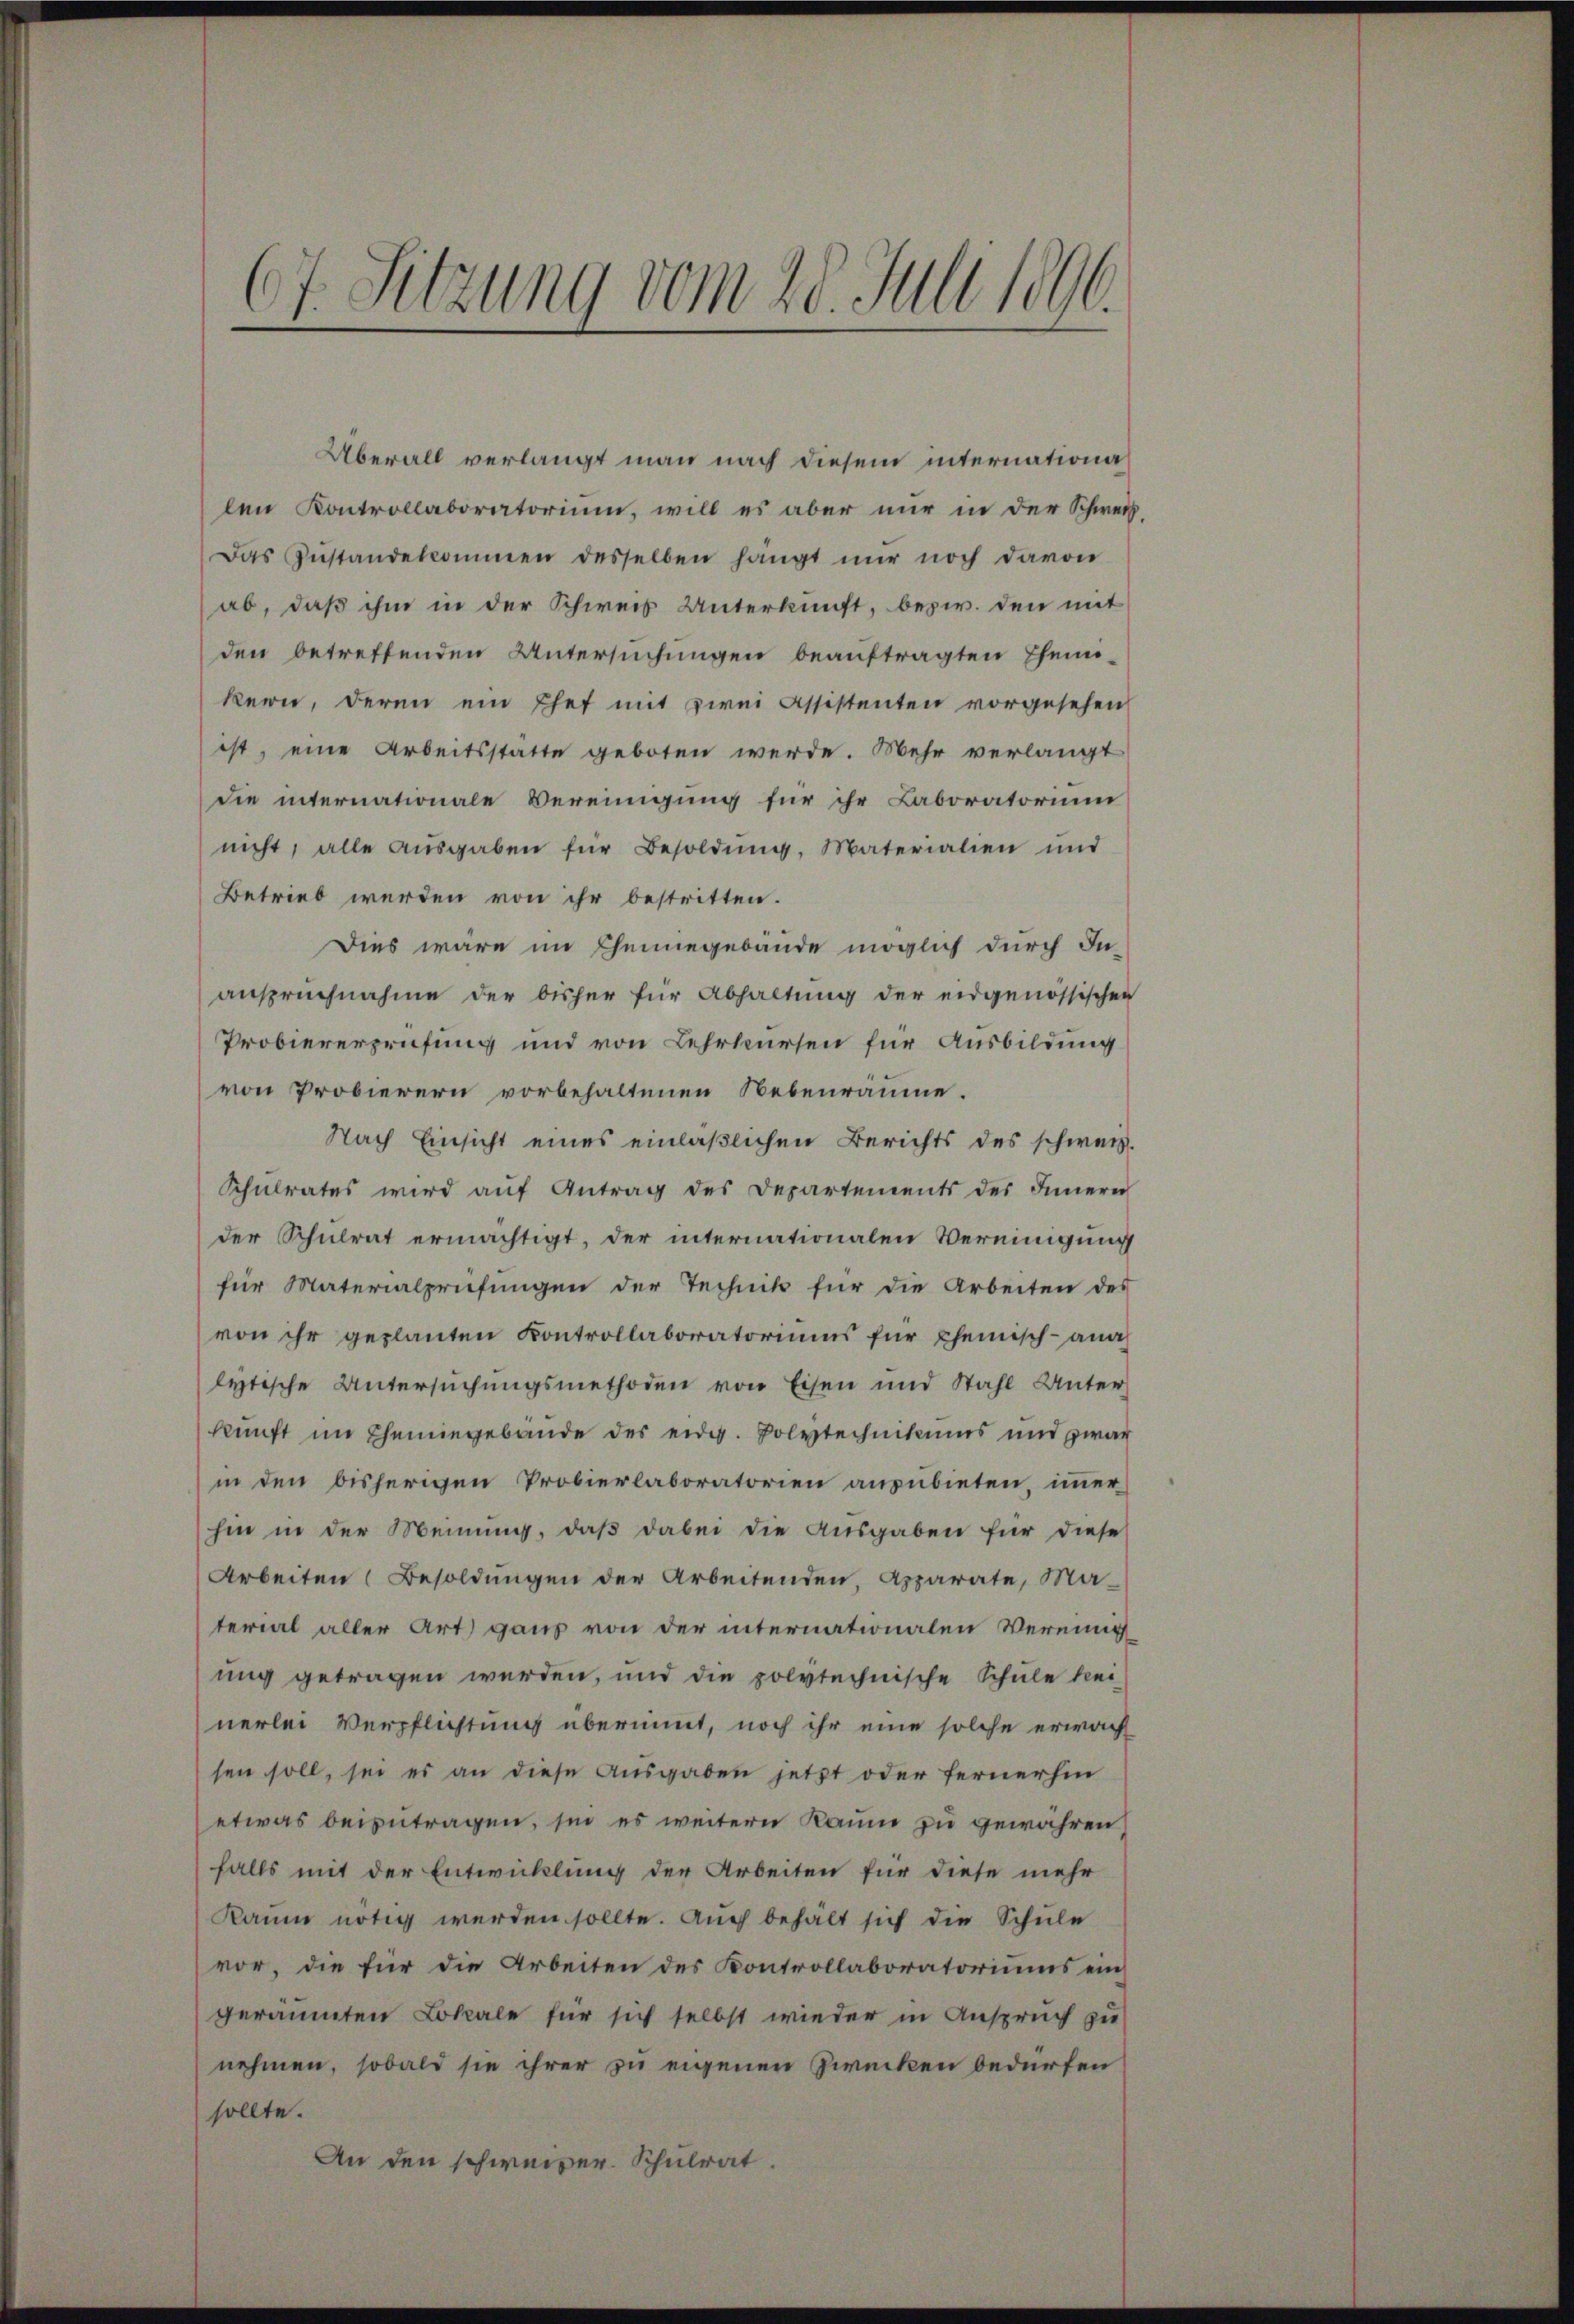
.
t. Sitzung vom 28. Juli 1890.

Überall verlangt man nach diesem internation
len Kontrollaboratorium, will es aber nur in der Schweiz,
Das Anstandekommen desselben hängt nur noch davon
ab, daß ihm in der Schweis Unterkunft, bezw. den mit
den betreffenden Untersuchungen beauftragten Ehemi-
kern, deren ein Ehef mit zwei Assistenten vorgesehen
ist, eine Arbeitsstatte geboten werde. Mehr verlangt
die internationale Vereinigung für ihr Laboratorium
nicht, alle aŭsgaben für Besoldŭng, Materialien und
Betrieb werden von ihr bestritten.
Dies wäre im Chemiegebäude möglich durch In-
anspruchnahme der bisher für Abhaltung der eidgenössischen
Probiererprüfung und von Lehrkursen für Ausbildung
von Probierern vorbehaltenen Nebenräume.
Nach Einsicht eines einläßlichen Berichts des schweiz.
Schulrates wird aŭf Antrag des Departements des Innern
der Schulrat ermächtigt, der internationalen Vereinigung
für Materialprüfungen der Technik für die Arbeiten des
von ihr geplanten Kontrollaboratoriums für Chemisch-analytische Untersuchungsmethoden von Eisen und Stahl Unter
kunft im Chemingebäude des eidg. Polytechnikums und zwar
in den bisherigen Probierlaboratorien ausübieten, immer
hin in der Meinung, daß dabei die Ausgaben für diese
Arbeiten Besoldungen der Arbeitenden, Apparate, Material aller Art ganz von der internationalen Vereinig
ung getragen werden, und die polytechnische Schule kei-
nerlei Verpflichtung übernimmt, noch ihr eine solche erwach
sen soll, sei es an diese Ausgaben jetzt oder fernerhin
etwas beizutragen, sie es weitern Raum zu gewähren,
falls mit der Entwicklung der Arbeiten für diese mehr
Kaum nötig werden sollte. Auch behält sich die Schule
vor, die für die Arbeiten des Kontrollaboratoriums ein
geräumten Lokale für sich selbst wieder in Anspruch zu
nehmen, sobald sie ihrer zu eigenen Zwecken bedürfen
sollte.
An den schweizer. Schulrat.